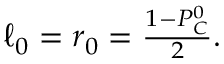
\begin{array} { r } { \ell _ { 0 } = r _ { 0 } = \frac { 1 - P _ { C } ^ { 0 } } { 2 } . } \end{array}